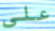
على